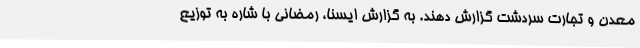
معدن و تجارت سردشت گزارش دهند. به گزارش ایسنا، رمضانی با شاره به توزیع